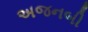
અજનબી